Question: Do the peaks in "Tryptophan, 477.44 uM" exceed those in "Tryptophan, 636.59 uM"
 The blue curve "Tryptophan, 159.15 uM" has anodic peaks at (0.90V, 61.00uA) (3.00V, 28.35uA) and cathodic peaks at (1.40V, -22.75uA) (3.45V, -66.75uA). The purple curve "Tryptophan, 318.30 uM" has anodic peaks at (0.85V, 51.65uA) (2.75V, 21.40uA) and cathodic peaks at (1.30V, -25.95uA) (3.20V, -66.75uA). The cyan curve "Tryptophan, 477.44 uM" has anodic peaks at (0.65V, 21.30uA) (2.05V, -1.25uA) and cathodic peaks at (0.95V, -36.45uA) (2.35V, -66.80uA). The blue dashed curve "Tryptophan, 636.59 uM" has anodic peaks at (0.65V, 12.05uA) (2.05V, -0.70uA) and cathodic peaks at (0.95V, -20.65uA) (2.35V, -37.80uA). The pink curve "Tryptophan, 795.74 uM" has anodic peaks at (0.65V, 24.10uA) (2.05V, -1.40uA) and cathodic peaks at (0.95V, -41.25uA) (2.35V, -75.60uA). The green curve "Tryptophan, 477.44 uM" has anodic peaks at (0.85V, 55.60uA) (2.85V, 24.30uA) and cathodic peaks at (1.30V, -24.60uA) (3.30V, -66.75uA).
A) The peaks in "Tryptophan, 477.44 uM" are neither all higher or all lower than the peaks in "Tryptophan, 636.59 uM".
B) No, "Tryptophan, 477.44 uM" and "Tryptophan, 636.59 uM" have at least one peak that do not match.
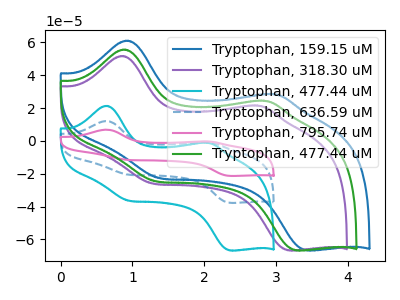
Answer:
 <answer>A) The peaks in "Tryptophan, 477.44 uM" are neither all higher or all lower than the peaks in "Tryptophan, 636.59 uM".</answer>
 <eval>A</eval>